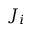
J _ { i }